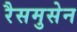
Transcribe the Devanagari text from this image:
रैसमुसेन